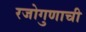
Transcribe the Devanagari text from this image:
रजोगुणाची